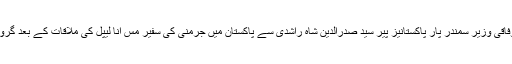
لاہور: وفاقی وزیر سمندر پار پاکستانیز پیر سید صدرالدین شاہ راشدی سے پاکستان میں جرمنی کی سفیر مس انا لیپل کی ملاقات کے بعد گروپ فوٹو۔